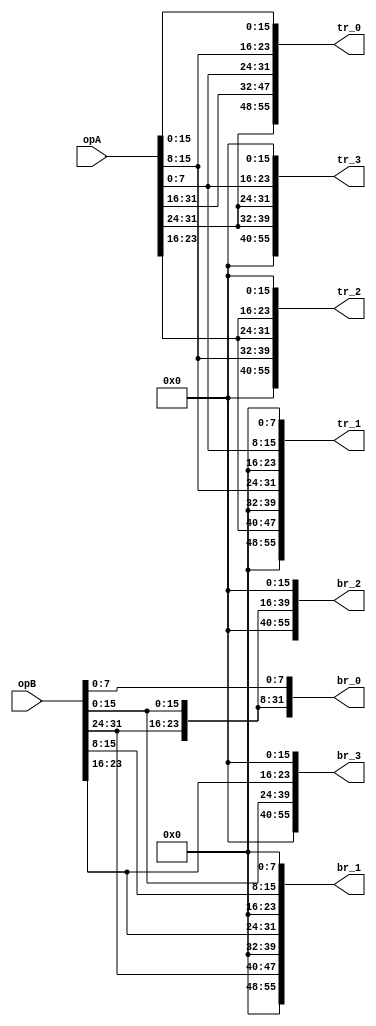
// Verilog for multiplier

module mult_gen(
	input [31:0] opA,
	input [31:0] opB,
	output [55:0] tr_0, tr_1, tr_2, tr_3,
	output [55:0] br_0, br_1, br_2, br_3
	);

	wire [7:0] b0, b1, b2, b3;
	wire [7:0] t0, t1, t2, t3;

	assign t0 = opA[31:24];
	assign t1 = opA[23:16];
	assign t2 = opA[15:8];
	assign t3 = opA[7:0];

	assign b0 = opB[31:24];
	assign b1 = opB[23:16];
	assign b2 = opB[15:8];
	assign b3 = opB[7:0];

	assign tr_0 = {t0, t0, t1, t3, t2, t2, t3};
	assign br_0 = {b0, b1, b1, b0, b2, b3, b3};

	assign tr_1 = {8'b0, t1, 8'b0, t2, 8'b0, t3, 8'b0};
	assign br_1 = {8'b0, b0, 8'b0, b1, 8'b0, b2, 8'b0};

	assign tr_2 = {16'b0, t2, t1, t1, 16'b0};
	assign br_2 = {16'b0, b0, b2, b3, 16'b0};

	assign tr_3 = {16'b0, t0, t0, t3, 16'b0};
	assign br_3 = {16'b0, b2, b3, b1, 16'b0};
endmodule